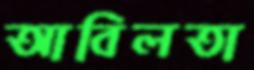
আবিলতা